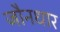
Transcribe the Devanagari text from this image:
जौनधार